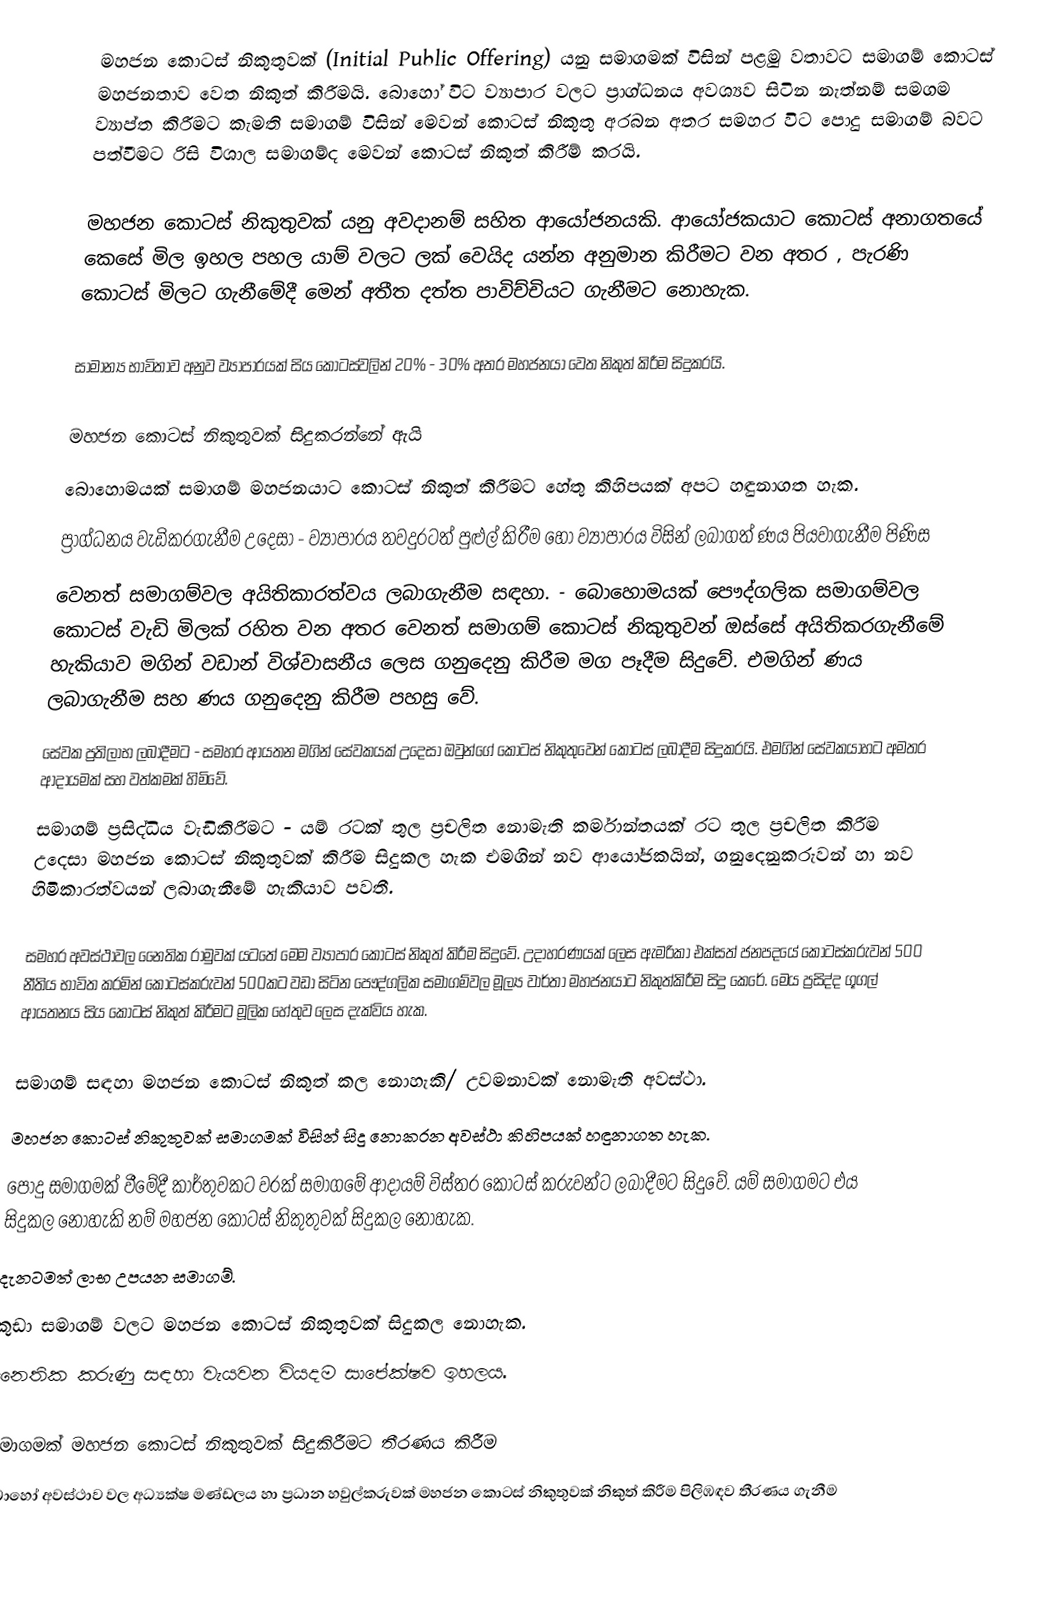
මහජන කොටස් නිකුතුවක් (Initial Public Offering) යනු සමාගමක් විසින් පළමු වතාවට සමාගම් කොටස් මහජනතාව වෙත නිකුත් කිරීමයි. බොහෝ විට ව්‍යාපාර වලට ප්‍රාග්ධනය අවශ්‍යව  සිටින නැත්නම් සමගම ව්‍යාප්ත කිරීමට කැමති සමාගම් විසින් මෙවන් කොටස් නිකුතු අරබන අතර සමහර විට පොදු සමාගම් බවට පත්වීමට රිසි විශාල සමාගම්ද මෙවන් කොටස් නිකුත් කිරීම් කරයි.

මහජන කොටස් නිකුතුවක් යනු අවදානම් සහිත ආයෝජනයකි. ආයෝජකයාට කොටස් අනාගතයේ කෙසේ මිල ඉහල පහල යාම් වලට ලක් වෙයිද යන්න අනුමාන කිරීමට වන අතර , පැරණි කොටස් මිලට ගැනීමේදී මෙන් අතීත දත්ත පාවිච්චියට ගැනීමට නොහැක.

සාමාන්‍ය භාවිතාව අනුව ව්‍යාපාරයක් සිය කොටස්වලින් 20% - 30% අතර මහජනයා වෙත නිකුත් කිරීම සිදුකරයි.

මහජන කොටස් නිකුතුවක් සිදුකරන්නේ ඇයි
බොහොමයක් සමාගම් මහජනයාට කොටස් නිකුත් කිරීමට හේතු කිහිපයක් අපට හඳුනාගත හැක.
 ප්‍රාග්ධනය වැඩිකරගැනීම උදෙසා - ව්‍යාපාරය තවදුරටත් පුළුල් කිරීම හෝ ව්‍යාපාරය විසින් ලබාගත් ණය පියවාගැනීම පිණිස
 වෙනත් සමාගම්වල අයිතිකාරත්වය ලබාගැනීම සඳහා. - බොහොමයක් පෞද්ගලික සමාගම්වල කොටස් වැඩි මිලක් රහිත වන අතර වෙනත් සමාගම් කොටස් නිකුතුවන් ඔස්සේ අයිතිකරගැනීමේ හැකියාව මගින් වඩාන් විශ්වාසනීය ලෙස ගනුදෙනු කිරීම මග පෑදීම සිදුවේ. එමගින් ණය ලබාගැනීම සහ ණය ගනුදෙනු කිරීම පහසු වේ.
 සේවක ප්‍රතිලාභ ලබාදීමට - සමහර ආයතන මගින් සේවකයක් උදෙසා ඔවුන්ගේ කොටස් නිකුතුවෙන් කොටස් ලබාදීම සිදුකරයි. එමගින් සේවකයාහට අමතර ආදායමක් සහ වත්කමක් හිමිවේ.
 සමාගම් ප්‍රසිද්ධිය වැඩිකිරීමට - යම් රටක් තුල ප්‍රචලිත නොමැති කර්මාන්තයක් රට තුල ප්‍රචලිත කිරීම උදෙසා මහජන කොටස් නිකුතුවක් කිරීම සිදුකල හැක එමගින් නව ආයෝජකයින්, ගනුදෙනුකරුවන් හා නව හිමිකාරත්වයන් ලබාගැනීමේ හැකියාව පවතී.

සමහර අවස්ථාවල නෛතික රාමුවක් යටතේ මෙම ව්‍යාපාර කොටස් නිකුත් කිරීම සිදුවේ. උදාහරණයක් ලෙස ඇමරිකා එක්සත් ජනපදයේ කොටස්කරුවන් 500 නීතිය භාවිත කරමින් කොටස්කරුවන් 500කට වඩා සිටින පෞද්ගලික සමාගම්වල මූල්‍ය වාර්තා මහජනයාට නිකුත්කිරීම සිදු කෙරේ. මෙය ප්‍රසිද්ද ගූගල් ආයතනය සිය කොටස් නිකුත් කිරීමට මූලික හේතුව ලෙස දැක්විය හැක.

සමාගම් සඳහා මහජන කොටස් නිකුත් කල නොහැකි/ උවමනාවක් නොමැති අවස්ථා.
මහජන කොටස් නිකුතුවක් සමාගමක් විසින් සිදු නොකරන අවස්ථා කිහිපයක් හඳුනාගත හැක.
 පොදු සමාගමක් වීමේදී කාර්තුවකට වරක් සමාගමේ ආදායම් විස්තර කොටස් කරුවන්ට ලබාදීමට සිදුවේ. යම් සමාගමට එය සිදුකල නොහැකි නම් මහජන කොටස් නිකුතුවක් සිදුකල නොහැක.
 දැනටමත් ලාභ උපයන සමාගම්.
 කුඩා සමාගම් වලට මහජන කොටස් නිකුතුවක් සිදුකල නොහැක.
 නෛතික කරුණු සඳහා වැයවන වියදම සාපේක්ෂව ඉහලය.

සමාගමක් මහජන කොටස් නිකුතුවක් සිදුකිරීමට තීරණය කිරීම
බොහෝ අවස්ථාව වල අධ්‍යක්ෂ මණ්ඩලය හා ප්‍රධාන හවුල්කරුවක් මහජන කොටස් නිකුතුවක් නිකුත් කිරීම පිලිඹඳව තීරණය ගැනීම